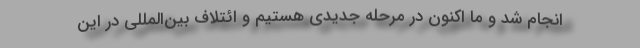
انجام شد و ما اکنون در مرحله جدیدی هستیم و ائتلاف بین‌المللی در این